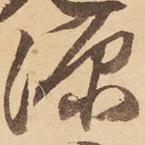
源